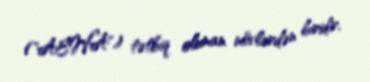
("AEWA") tətbiq olunan növlərdən biridir.